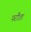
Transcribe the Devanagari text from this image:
परौठा